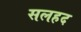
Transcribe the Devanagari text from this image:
सलहद